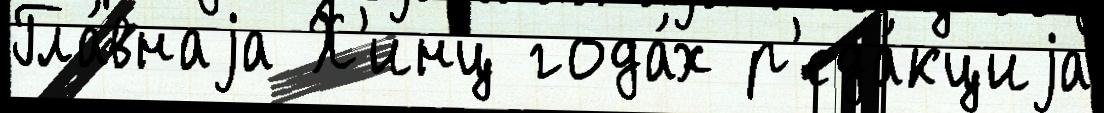
Гла́внаjа Х'инц года́х р'еда́кциjа